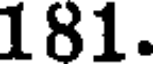
181.